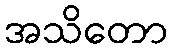
အသိတော